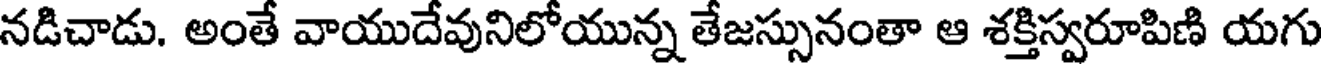
నడిచాడు. అంతే వాయుదేవునిలోయున్న తేజస్సునంతా ఆ శక్తిస్వరూపిణి యగు